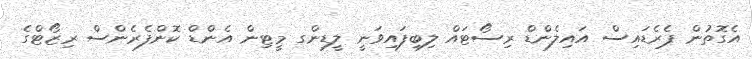
އެގޮތުން ޕެރެޑައިސް އައިލެންޑް ރިސޯޓައް ލިބިފައިވަނީ ލީޑިންގ މީޓިން އެންޑް ކޮންފެރެންސް ރިޒޯޓްގެ